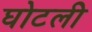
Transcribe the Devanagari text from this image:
घोटली